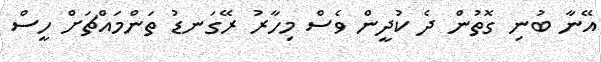
އޭނާ ބުނި ގޮތުން ދެ ކުދީން ވެސް މިހާރު ރޭގަނޑު ތަންމައްޗަށް ހީސް